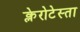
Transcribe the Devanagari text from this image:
क्लेरोटेस्ता